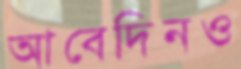
আবেদিনও